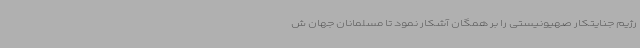
رژیم جنایتکار صهیونیستی را بر همگان آشکار نمود تا مسلمانان جهان ش